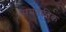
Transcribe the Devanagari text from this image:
समतानिक